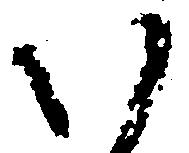
い